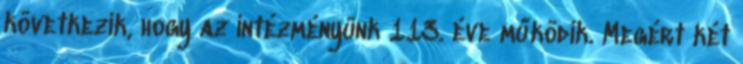
következik, hogy az intézményünk 113. éve működik. Megért két